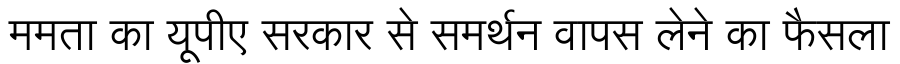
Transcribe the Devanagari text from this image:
ममता का यूपीए सरकार से समर्थन वापस लेने का फैसला